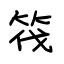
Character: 筏